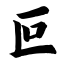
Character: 叵